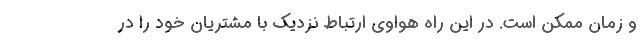
و زمان ممکن است. در این راه هواوی ارتباط نزدیک با مشتریان خود را در